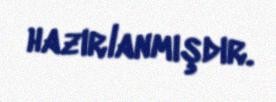
hazırlanmışdır.